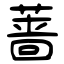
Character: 蔷